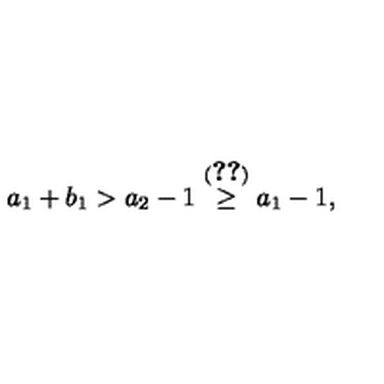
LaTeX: a _ { 1 } + b _ { 1 } > a _ { 2 } - 1 \stackrel { ( \ref { e q : D b m } ) } { \geq } a _ { 1 } - 1 ,